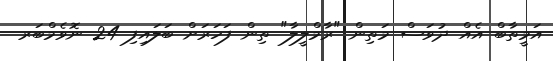
އަމީތާބް އެއް ދުވަސް މަތިން "ރާމްލީލާ" ތިން ފަހަރަށް ބަލައިފި 24 ނޮވެމްބަރ